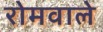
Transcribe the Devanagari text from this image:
रोमवाले